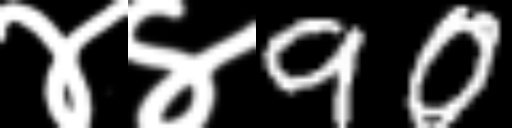
Text: ४४90